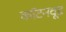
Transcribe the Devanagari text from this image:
कॉटनवूड